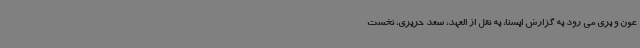
عون و بری می رود به گزارش ایسنا، به نقل از العهد، سعد حریری، نخست